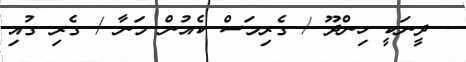
. ދީނަކީ ހިންދޫ / ގެރިމަސް ކެއުން މަނާ / ގެރި ގުއި